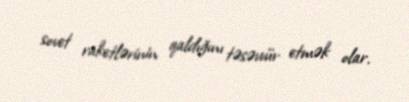
sovet raketlərinin qaldığını təsəvvür etmək olar.